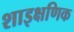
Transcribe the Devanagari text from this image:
शाइक्षणिक